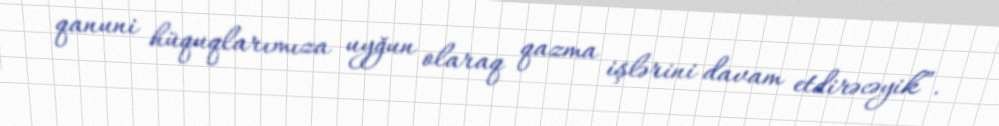
qanuni hüquqlarımıza uyğun olaraq qazma işlərini davam etdirəcəyik”.